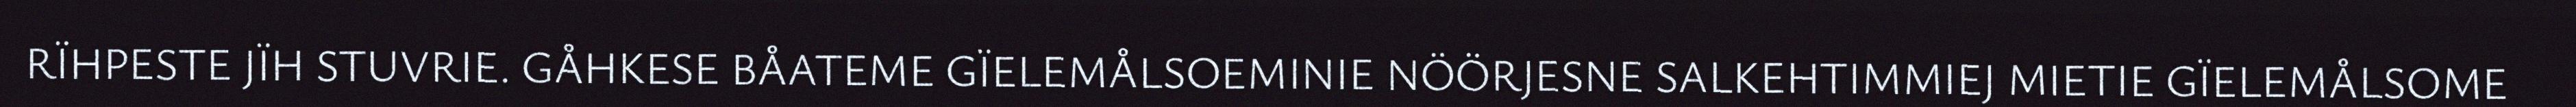
RÏHPESTE JÏH STUVRIE. GÅHKESE BÅATEME GÏELEMÅLSOEMINIE NÖÖRJESNE SALKEHTIMMIEJ MIETIE GÏELEMÅLSOME